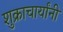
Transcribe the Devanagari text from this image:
शुक्राचार्यांनी